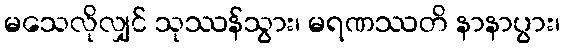
မသေလိုလျှင် သုဿန်သွား၊ မရဏဿတိ နာနာပွား၊